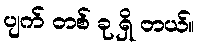
ပျက် တစ် ခု ရှိ တယ်။